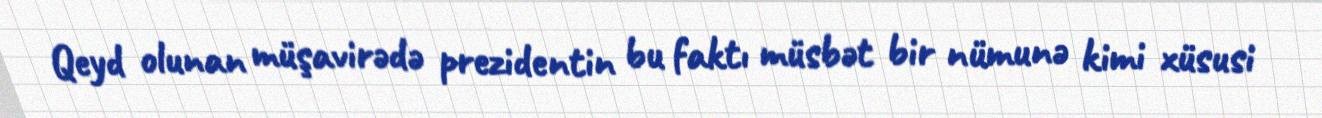
Qeyd olunan müşavirədə prezidentin bu faktı müsbət bir nümunə kimi xüsusi